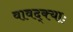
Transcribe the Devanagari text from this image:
वावद्क्याः